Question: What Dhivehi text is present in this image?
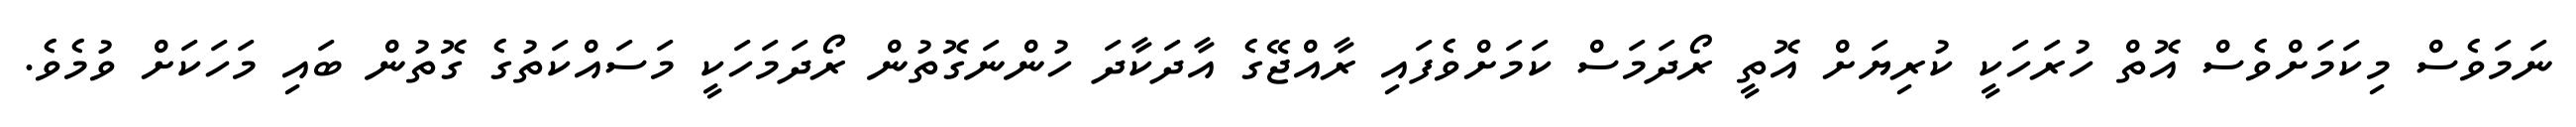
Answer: ނަމަވެސް މިކަމަށްވެސް އޮތް ހުރަހަކީ ކުރިޔަށް އޮތީ ރޯދަމަސް ކަމަށްވެފައި ރާއްޖޭގެ އާދަކާދަ ހުންނަގޮތުން ރޯދަމަހަކީ މަސައްކަތުގެ ގޮތުން ބައި މަހަކަށް ވުމެވެ.